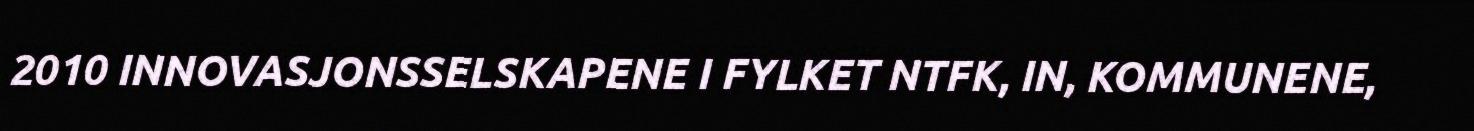
2010 INNOVASJONSSELSKAPENE I FYLKET NTFK, IN, KOMMUNENE,